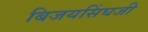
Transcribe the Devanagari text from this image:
बिजयसिंघजी